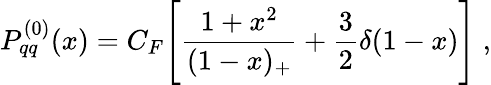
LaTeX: P_{qq}^{(0)}(x)=C_{F}\Bigg[\frac{1+x^{2}}{(1-x)_{+}}+\frac{3}{2}\delta(1-x)\Bigg]\; ,